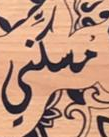
مسكني